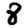
Digit: 8